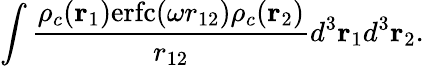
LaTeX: \int\frac{\rho_{c}(\mathbf{r}_{1})\mathrm{erfc}(\omega r_{12})\rho_{c}(\mathbf{r}_{2})}{r_{12}}d^{3}\mathbf{r}_{1}d^{3}\mathbf{r}_{2}.